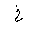
Letter: _kha